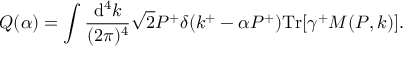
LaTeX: Q ( \alpha ) = \int \frac { \mathrm { d } ^ { 4 } k } { ( 2 \pi ) ^ { 4 } } \sqrt { 2 } P ^ { + } \delta ( k ^ { + } - \alpha P ^ { + } ) \mathrm { T r } [ \gamma ^ { + } M ( P , k ) ] .